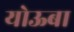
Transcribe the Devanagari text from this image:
योऊबा